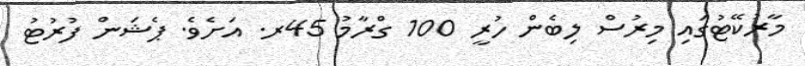
މާރުކޭޓުގައި މިރުސް ލިބެން ހުރީ 100 ގްރާމު 45ރ. އަށެވެ. ޕެޝަން ފުރުޓު